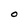
Character: O